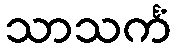
သာသင်္ကံ